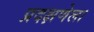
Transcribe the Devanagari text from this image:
प्रदक्षणेला